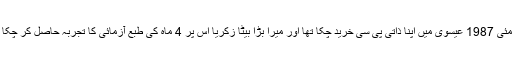
میں مئی 1987 عیسوی میں اپنا ذاتی پی سی خرید چکا تھا اور میرا بڑا بیٹا زکریا اس پر 4 ماہ کی طبع آزمائی کا تجربہ حاصل کر چکا تھا ۔